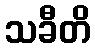
သခီတိ